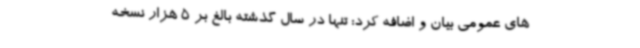
های عمومی بیان و اضافه کرد: تنها در سال گذشته بالغ بر 5 هزار نسخه